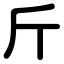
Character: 斤